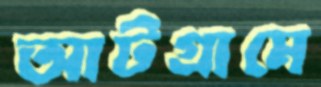
আটগ্রামে